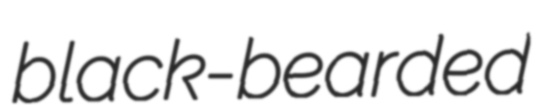
black-bearded